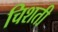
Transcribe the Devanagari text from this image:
चिशती